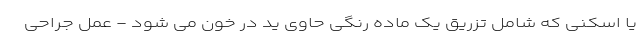
یا اسکنی که شامل تزریق یک ماده رنگی حاوی ید در خون می شود - عمل جراحی